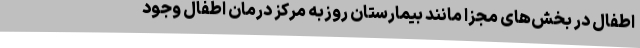
اطفال در بخش‌های مجزا مانند بیمارستان روزبه مرکز درمان اطفال وجود